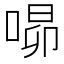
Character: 𭈾